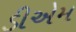
ડીએમ